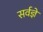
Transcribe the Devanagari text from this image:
सर्वज्ञें